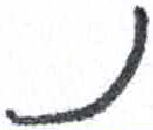
אות: נ